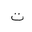
Letter: _ta